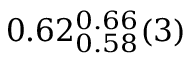
0 . 6 2 _ { 0 . 5 8 } ^ { 0 . 6 6 } ( 3 )